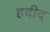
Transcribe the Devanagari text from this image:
हदीद